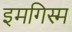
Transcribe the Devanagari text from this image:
इमगिस्म